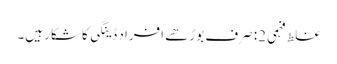
غلط فہمی 2: صرف بوڑھے افراد ڈینگی کا شکار ہیں۔